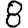
Digit: 8